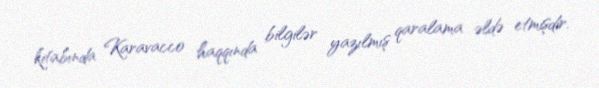
kitabında Karavacco haqqında bilgilər yazılmış qaralama əldə etmişdir.